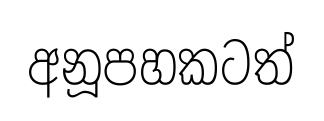
අනූපහකටත්